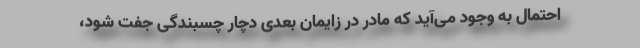
احتمال به وجود می‌آید که مادر در زایمان بعدی دچار چسبندگی جفت شود،